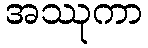
အဿုကာ